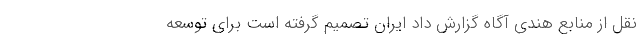
نقل از منابع هندی آگاه گزارش داد ایران تصمیم گرفته است برای توسعه